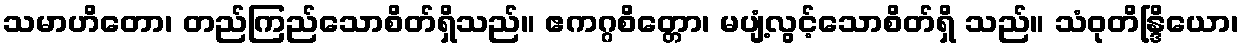
သမာဟိတော၊ တည်ကြည်သောစိတ်ရှိသည်။ ဧကဂ္ဂစိတ္တော၊ မပျံ့လွင့်သောစိတ်ရှိ သည်။ သံဝုတိန္ဒြိယော၊